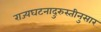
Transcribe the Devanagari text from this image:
राज्यघटनादुरुस्तीनुसार